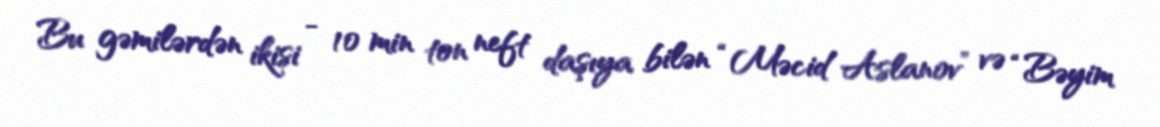
Bu gəmilərdən ikisi - 10 min ton neft daşıya bilən “Məcid Aslanov” və “Bəyim